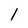
Character: 1